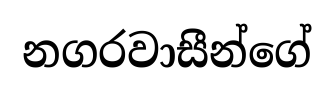
නගරවාසීන්ගේ